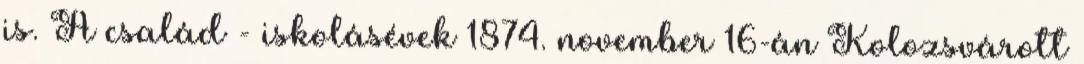
is. A család - iskolásévek 1874. november 16-án Kolozsvárott